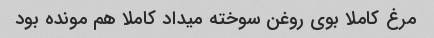
مرغ کاملا بوی روغن سوخته میداد کاملا هم مونده بود